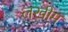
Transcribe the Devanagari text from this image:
लखीम